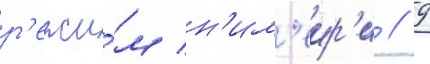
р'ежи́м н'им'еир'и // 9